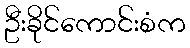
ဦးခိုင်ကောင်းစံက